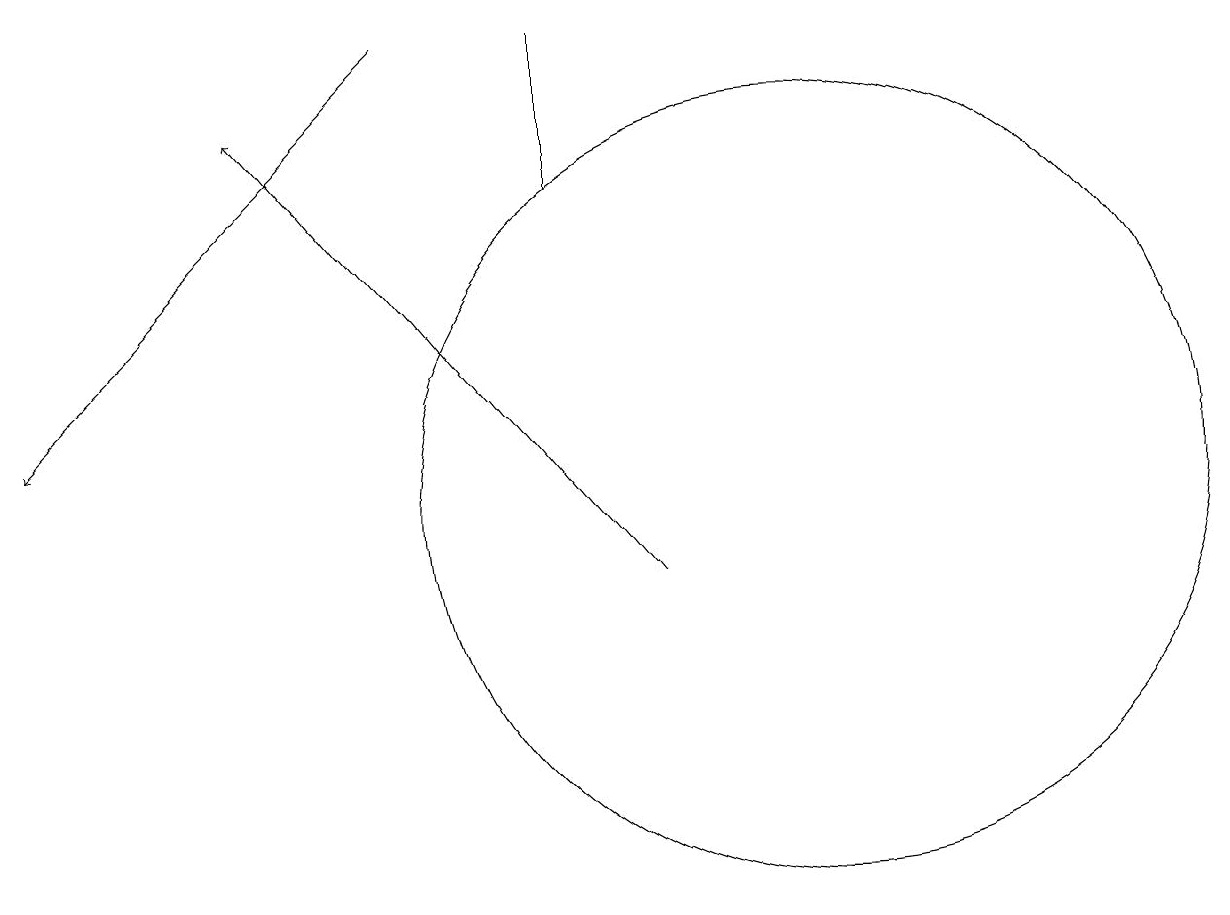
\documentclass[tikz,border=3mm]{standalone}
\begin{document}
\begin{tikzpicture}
\draw[->] (5,17) -- (0,12);
\draw (7,17) rectangle (7,15);
\draw[->] (8,10) -- (3,16);
\draw (10,12) circle (0);
\draw (10,11) circle (5);
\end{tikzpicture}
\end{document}